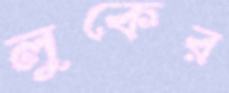
লুকের